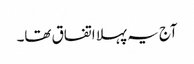
آج یہ پہلا اتفاق تھا۔